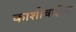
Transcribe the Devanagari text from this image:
काशीबाईला